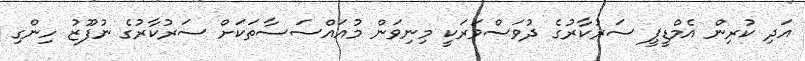
އަދި ކުރިން އެމްޑީޕީ ސަރުކާރުގެ ދުވަސްވަރަކީ މިނިވަން މުއައްސަސާތަކަށް ސަރުކާރުގެ ނުފޫޒު ހިންގި